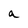
Character: a